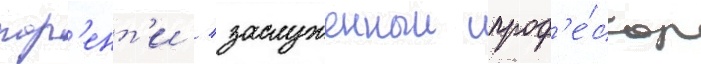
пар'ент'и / заслуженныи проф'е́ссор